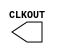
module RCOSC_1MHZ ( 
  CLKOUT );

/* synthesis syn_black_box */
/* synthesis syn_noprune=1 */

output CLKOUT;

endmodule